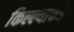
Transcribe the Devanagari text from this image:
किल्ल्यांकडे